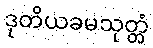
ဒုတိယခမသုတ္တံ